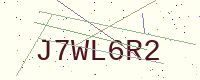
Text: J7WL6R2